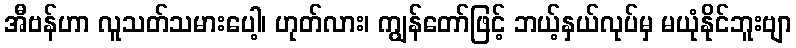
အီဗန်ဟာ လူသတ်သမားပေါ့၊ ဟုတ်လား၊ ကျွန်တော်ဖြင့် ဘယ့်နှယ်လုပ်မှ မယုံနိုင်ဘူးဗျာ